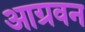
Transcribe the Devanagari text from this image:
आग्रवन